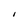
Character: I